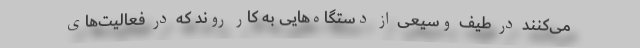
می‌کنند در طیف وسیعی از دستگاه‌هایی به کار روند که در فعالیت‌های